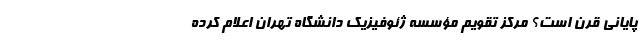
پایانی قرن است؟ مرکز تقویم مؤسسه ژئوفیزیک دانشگاه تهران اعلام کرده